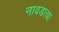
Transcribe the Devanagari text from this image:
नावडत्या